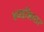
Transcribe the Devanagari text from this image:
४व्यभिचार